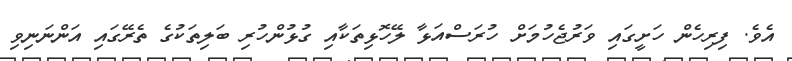
އެވެ. ފިރިހެން ހަށީގައި ވަރުޖެހުމަށް ހުރަސްއަޅާ ލޭހޮޅިތަކާއި ގުޅުންހުރި ބަލިތަކުގެ ތެރޭގައި އަންނަނިވި